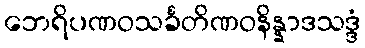
ဘေရိပဏဝသင်္ခတိဏဝနိန္နာဒသဒ္ဒံ